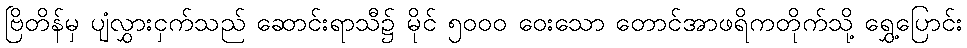
ဗြိတိန်မှ ပျံလွှားငှက်သည် ဆောင်းရာသီ၌ မိုင် ၅၀၀၀ ဝေးသော တောင်အာဖရိကတိုက်သို့ ရွှေ့ပြောင်း